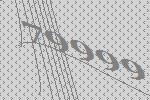
79999